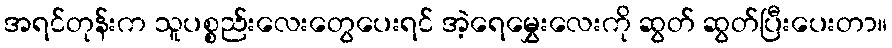
အရင်တုန်းက သူပစ္စည်းလေးတွေပေးရင် အဲ့ရေမွှေးလေးကို ဆွတ် ဆွတ်ပြီးပေးတာ။